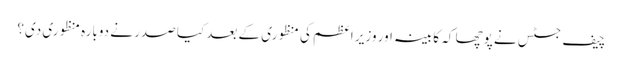
چیف جسٹس نے پوچھا کہ کابینہ اور وزیر اعظم کی منظوری کے بعد کیا صدر نے دوبارہ منظوری دی؟